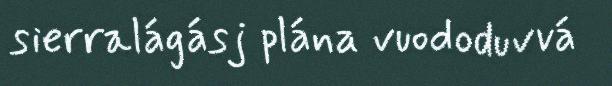
sierralágásj plána vuododuvvá